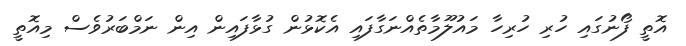
އޮތީ ފޯނުގައި ހުރި ހުރިހާ މައުލޫމާތެއްނަގާފައި އެކޮޅުން ގުޅާފައިން އިން ނަމްބަރުވެސް މިއޮތީ